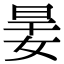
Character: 𡝎